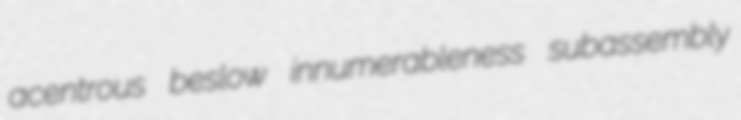
acentrous beslow innumerableness subassembly